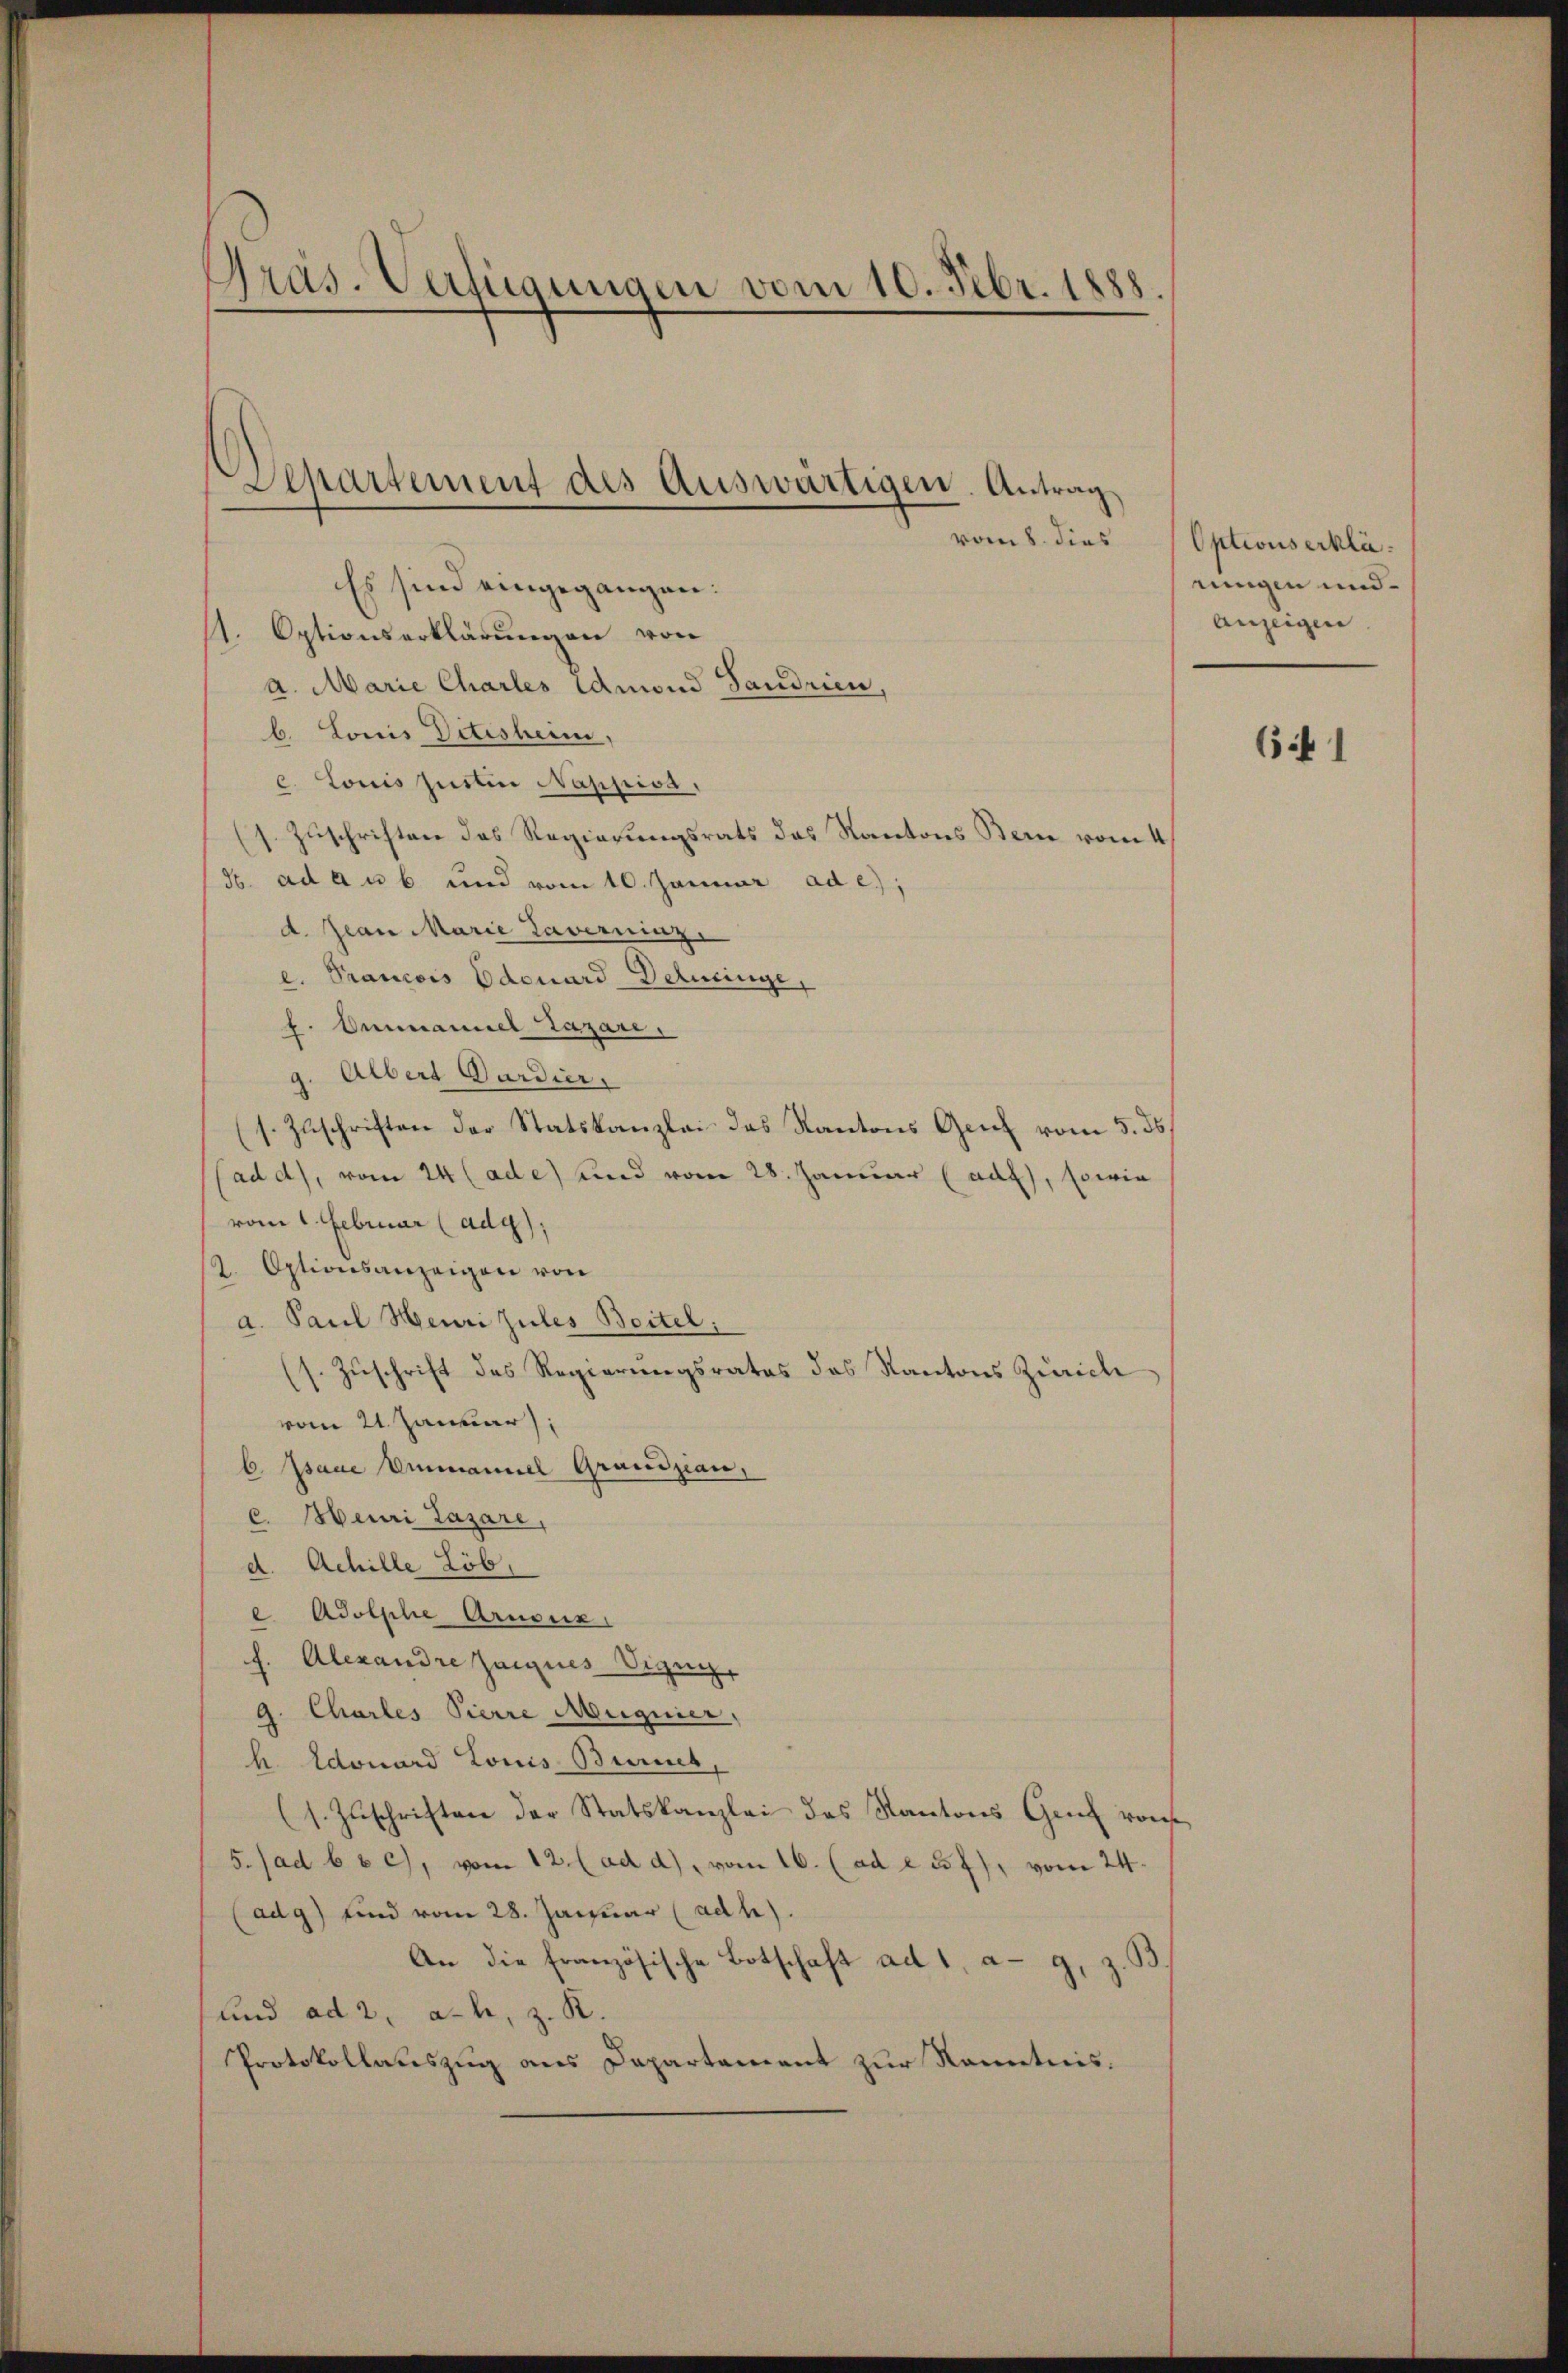
Präs. Verfügungen vom 10. Febr. 1888.

Separtement des Auswärtigen. Antrag
vom 8. dies

Es sind eingegangen:
11. Optionserklärungen von
a. Marie Charles Admond Sandrien,
b. Louis Ditisheim,
c. Louis Justin Nappiss.
Zuschriften des Regierungsrats das Kantons Bern vom 4
So. ad an b und vom 10. Januar ad e);
d. Jean Marie Taverninz.
l. Prancois Edouard-Delueinge
f. Omenannel Lazar,
g. Albert Gardier
(s. Zuschriften der Statskanzlei des Kantons Genf vom 5. ds
ad d), vom 24 (ade) und vom 28. Januar (auf), sowie
vom 1. Februar (adg);
12. Optionsanzeigen von
a. Paul Heuri zules Beitel:
(s. Zuschrift des Regierungsrates das Kantons Zürich
vom 21. Januar
6 Isaue Ammannel Grandzian,
c. Heuri Lazare,
d. Achille Löb.
e Adolphe Arnouz
f. Alexandre Zaignes Vigny,
g. Charles Pierre Magnier,
h. Edouard Louis Zürich,
(s. Zŭschriften der Statskanzlei des Kantons Genf von
5. (ad b b c), vom 12. (ad d), vom 16. (ad e 25f), vom 24.
(adg) sind vom 28. Januar (adh).
An die französische Botschaft ad 1, a. g. z.
und ad 2. ach, z. R.
Protokollauszug aus Departement zur Kenntnis.

Optionserklänungen und
Anzeigen

6 f 1